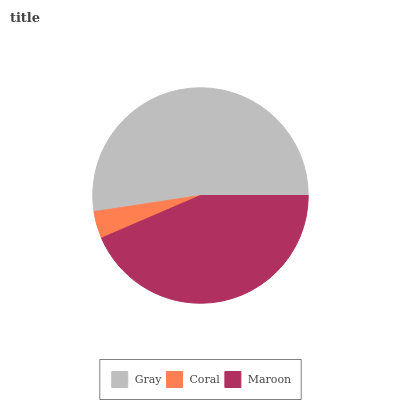
| Gray | Coral | Maroon |
 | --- | --- | --- |
 | 52.3% | 4.07% | 43.6% |